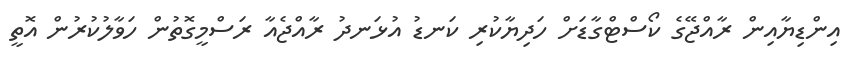
އިންޑިޔާއިން ރާއްޖޭގެ ކޯސްޓްގާޑަށް ހަދިޔާކުރި ކަނޑު އުޅަނދު ރާއްޖެއާ ރަސްމީގޮތުން ހަވާލުކުރުން އޮތީ